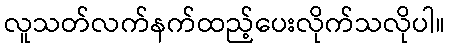
လူသတ်လက်နက်ထည့်ပေးလိုက်သလိုပါ။